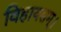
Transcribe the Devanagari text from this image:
विहायसम्।